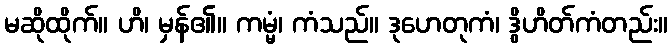
မဆိုထိုက်။ ဟိ၊ မှန်၏။ ကမ္မံ၊ ကံသည်။ ဒုဟေတုကံ၊ ဒွိဟိတ်ကံတည်း။